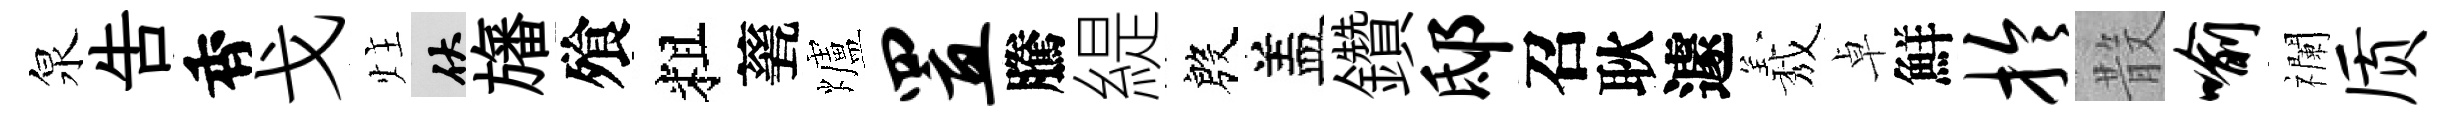
泉告香戈炷伏旛飱粗甆爐置騰緹殷盖鑽邸召耿遽𦏁卓鮮拎𣪚喻襴质